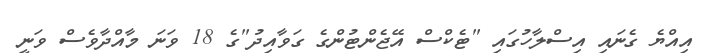
އިއްޔެ ގެނައި އިސްލާހުގައި "ޓެކްސް އޭޖެންޓުންގެ ގަވާއިދު"ގެ 18 ވަނަ މާއްދާވެސް ވަނީ